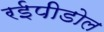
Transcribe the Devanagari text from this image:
रईपीडोल